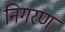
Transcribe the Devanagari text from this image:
निगरण